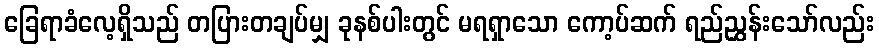
ခြေရာခံလေ့ရှိသည် တပြားတချပ်မျှ ခုနစ်ပါးတွင် မရရှာသော ကော့ပ်ဆက် ရည်ညွှန်းသော်လည်း